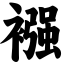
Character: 襁